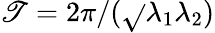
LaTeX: \mathscr{T}=2{\pi}/({\sqrt{}{{\lambda_{1}\lambda_{2}}}})